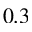
0 . 3